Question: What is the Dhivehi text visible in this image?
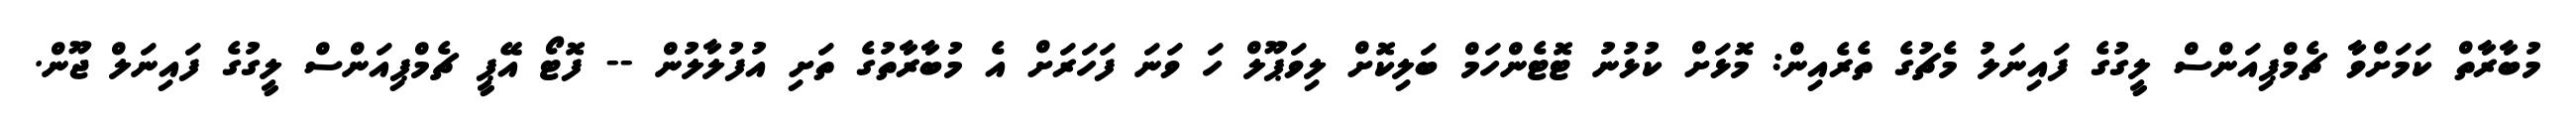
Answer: މުބާރާތް ކަމަށްވާ ޗެމްޕިއަންސް ލީގުގެ ފައިނަލު މެޗުގެ ތެރެއިން: މޮޅަށް ކުޅުނު ޓޮޓެންހަމް ބަލިކޮށް ލިވަޕޫލް ހަ ވަނަ ފަހަރަށް އެ މުބާރާތުގެ ތަށި އުފުލާލުން -- ފޮޓޯ އޭޕީ ޗެމްޕިއަންސް ލީގުގެ ފައިނަލް ޖޫން.